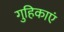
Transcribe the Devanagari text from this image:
गुहिकाएं